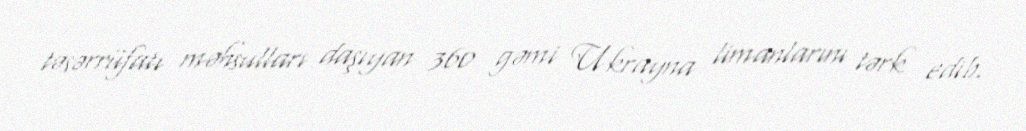
təsərrüfatı məhsulları daşıyan 360 gəmi Ukrayna limanlarını tərk edib.